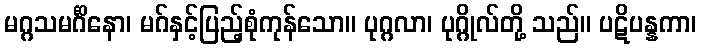
မဂ္ဂသမင်္ဂိနော၊ မဂ်နှင့်ပြည့်စုံကုန်သော။ ပုဂ္ဂလာ၊ ပုဂ္ဂိုလ်တို့ သည်။ ပဋိပန္နကာ၊